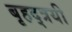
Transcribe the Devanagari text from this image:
बृहद्त्रयी